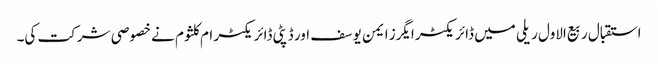
استقبال ربیع الاول ریلی میں ڈائریکٹر ایگرز ایمن یوسف اور ڈپٹی ڈائریکٹر ام کلثوم نے خصوصی شرکت کی۔